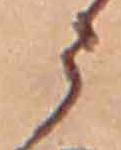
う